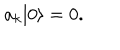
a _ { k } | 0 \rangle = 0 .